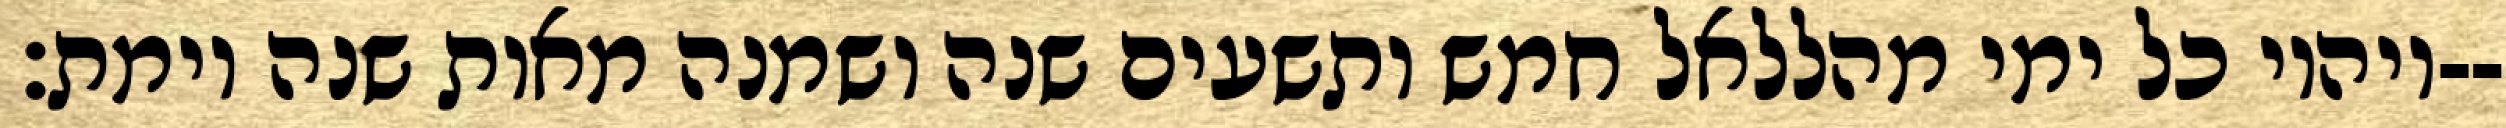
ויהיו כל ימי מהללאל חמש ותשעים שנה ושמנה מאות שנה וימת׃--